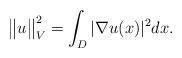
LaTeX: \begin{align*} \big\|u\big\|_{V}^2=\int_D|\nabla u(x)|^2dx.\end{align*}